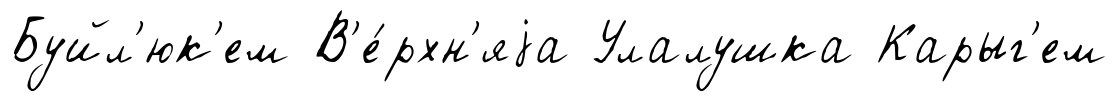
Буйл'юк'ем В'е́рхн'яjа Улалушка Карыг'ем